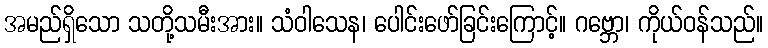
အမည်ရှိသော သတို့သမီးအား။ သံဝါသေန၊ ပေါင်းဖော်ခြင်းကြောင့်။ ဂဗ္ဘော၊ ကိုယ်ဝန်သည်။